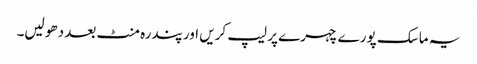
یہ ماسک پورے چہرے پر لیپ کریں اور پندرہ منٹ بعد دھو لیں۔